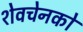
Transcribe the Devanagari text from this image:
शेवचेनको